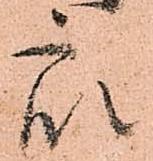
衆